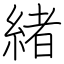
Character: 緒